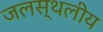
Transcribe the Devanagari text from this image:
जलस्थलीय